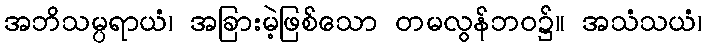
အဘိသမ္ပရာယံ၊ အခြားမဲ့ဖြစ်သော တမလွန်ဘဝ၌။ အသံသယံ၊